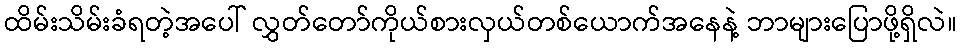
ထိမ်းသိမ်းခံရတဲ့အပေါ် လွှတ်တော်ကိုယ်စားလှယ်တစ်ယောက်အနေနဲ့ ဘာများပြောဖို့ရှိလဲ။